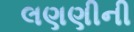
લણણીની